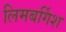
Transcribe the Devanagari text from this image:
लिमबर्गिश